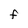
Character: F